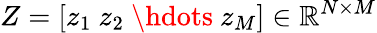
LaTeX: Z=[z_{1}\ z_{2}\ \hdots\ z_{M}]\in\mathbb R^{N\times M}